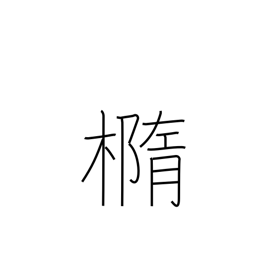
Meaning: ellipse